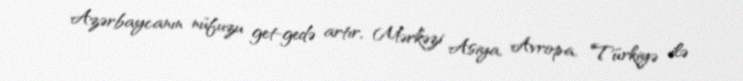
Azərbaycanın nüfuzu get-gedə artır, Mərkəzi Asiya, Avropa, Türkiyə ilə